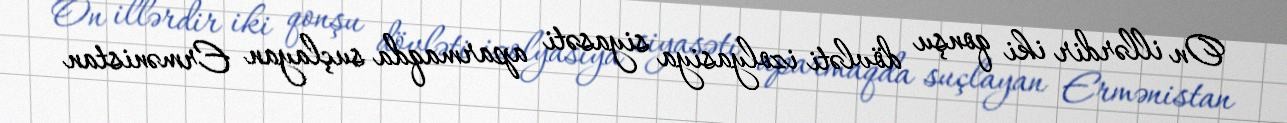
On illərdir iki qonşu dövləti izolyasiya siyasəti aparmaqda suçlayan Ermənistan